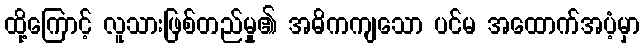
ထို့ကြောင့် လူသားဖြစ်တည်မှု၏ အဓိကကျသော ပင်မ အထောက်အပံ့မှာ